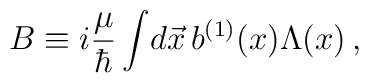
B \equiv i {\mu \over \hbar}\int \! d \vec x \, b^{(1)}(x) \Lambda(x)\,,